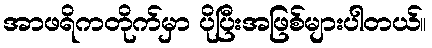
အာဖရိကတိုက်မှာ ပိုပြီးအဖြစ်များပါတယ်။